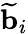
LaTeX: \mathbf{\widetilde{b}}_{i}